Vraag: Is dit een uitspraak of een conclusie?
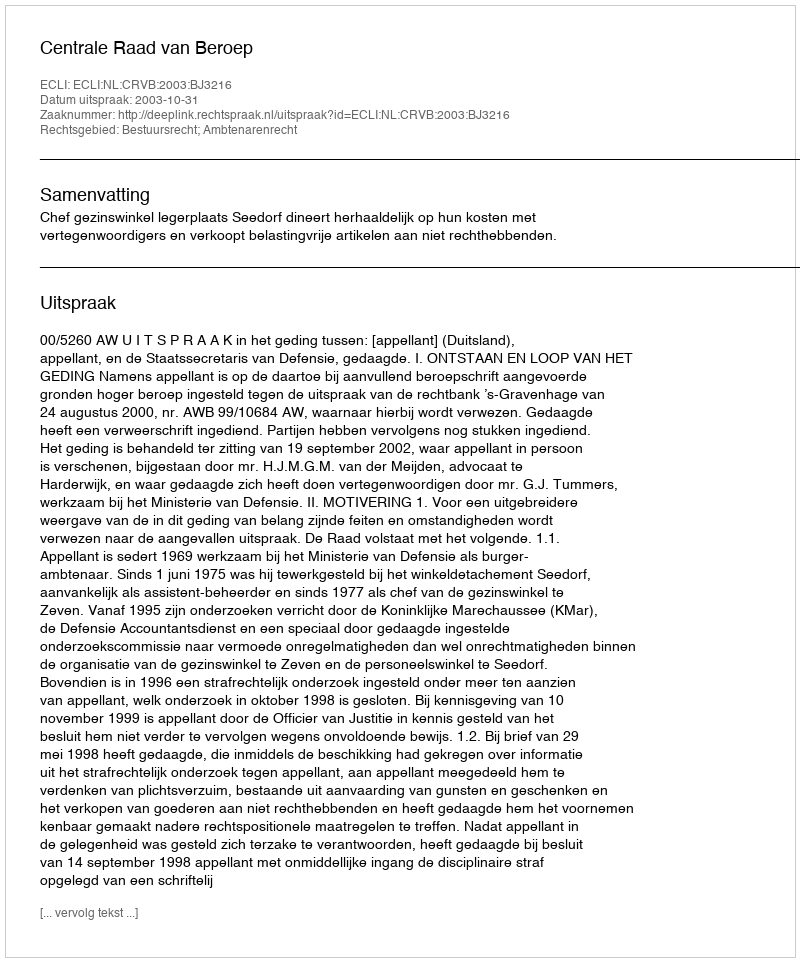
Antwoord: Uitspraak